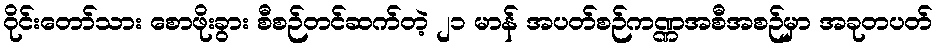
ဝိုင်းတော်သား စောဖိုးခွား စီစဉ်တင်ဆက်တဲ့ ၂၁ မာန် အပတ်စဉ်ကဏ္ဏအစီအစဉ်မှာ အခုတပတ်